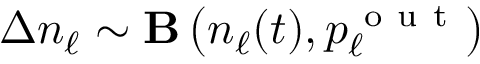
\Delta n _ { \ell } \sim { \bf B } \left( n _ { \ell } ( t ) , p _ { \ell } ^ { \mathrm { ~ o ~ u ~ t ~ } } \right)